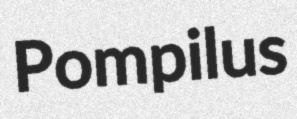
Pompilus